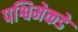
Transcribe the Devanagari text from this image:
पश्विमेकडे